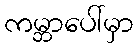
ကမ္ဘာပေါ်မှာ